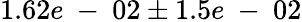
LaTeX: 1.62e\mathrm{~-~}02\pm 1.5e\mathrm{~-~}02